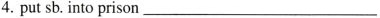
4.put sb. Into prison ___